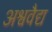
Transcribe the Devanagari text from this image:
अश्ववैद्य